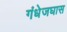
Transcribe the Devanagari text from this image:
गंधेजघास